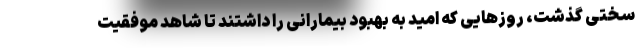
سختی گذشت، روزهایی که امید به بهبود بیمارانی را داشتند تا شاهد موفقیت